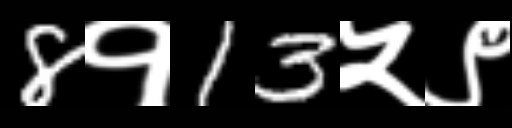
Text: 8१13५९